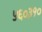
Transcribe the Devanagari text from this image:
५६०३१०